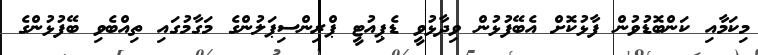
މިކަމާއި ކަންބޮޑުވުން ފާޅުކޮށް އެބޭފުޅުން ވިދާޅުވީ ޑެޕިއުޓީ ޕްރިންސިޕަލުންގެ މަގާމުގައި ތިއްބެވި ބޭފުޅުންގެ